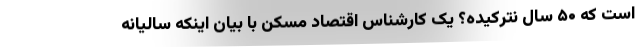
است که ۵۰ سال نترکیده؟ یک کارشناس اقتصاد مسکن با بیان اینکه سالیانه